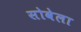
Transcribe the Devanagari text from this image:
सोवेला